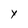
Character: y